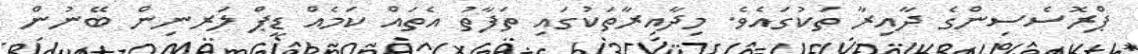
ޕްރޮސެސިންގެ ދާއިރާ ތަކުގައެވެ. މިދާއިރާތަކުގައި ތަފާތު އެތައް ކަމެއް ޑީޕް ލަރނިން ބޭނުން